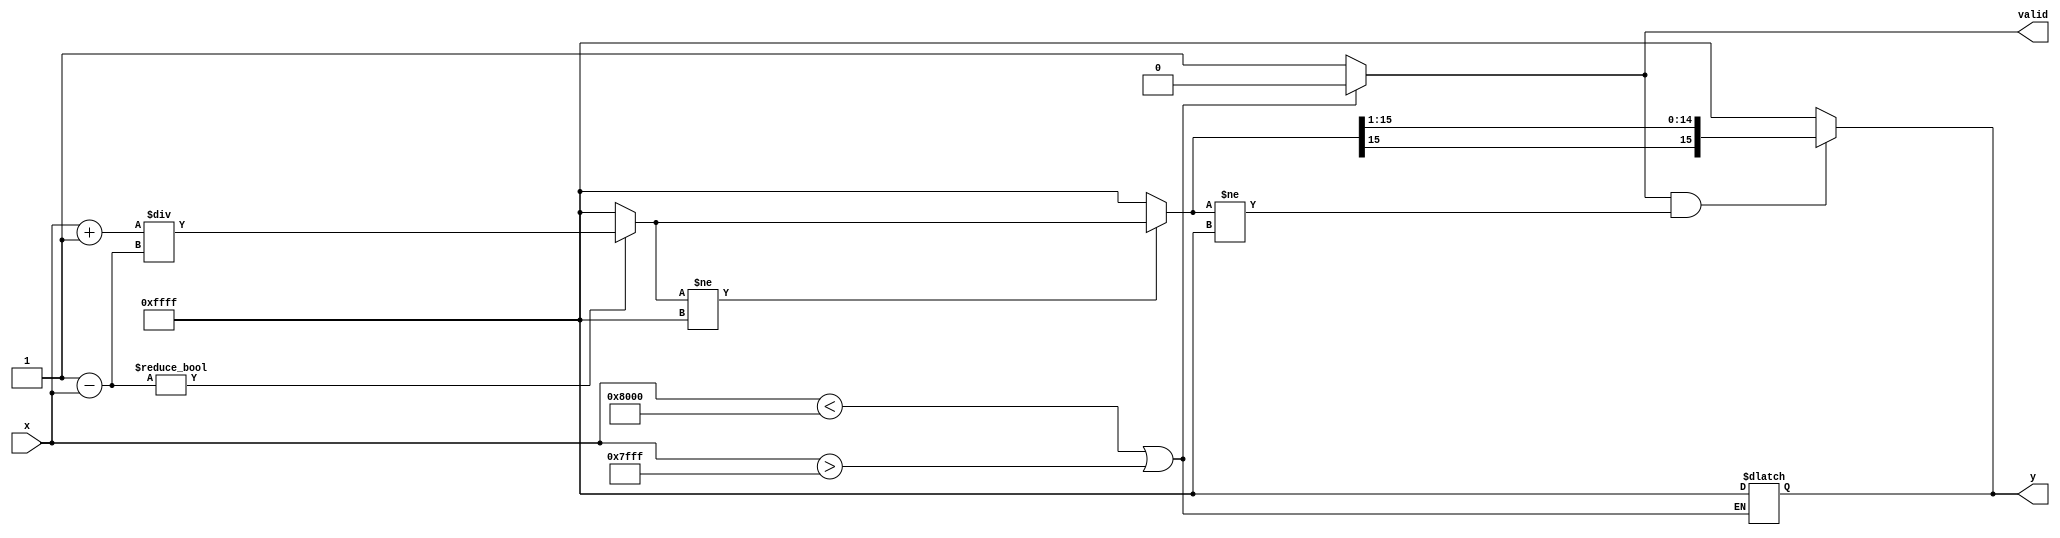
module atanh(
    input signed [15:0] x,      // Input x in fixed-point format (e.g., Q1.15)
    output reg signed [15:0] y,  // Output y in fixed-point format (e.g., Q1.15)
    output reg valid             // Output valid signal
);
  
    // Internal signals
    wire signed [15:0] one_plus_x;
    wire signed [15:0] one_minus_x;
    wire signed [15:0] division_result;
    wire signed [15:0] ln_result;
    
    // Range Check Module
    always @(*) begin
        if (x < -16'h8000 || x > 16'h7FFF) begin // Check if x is out of range (-1, 1)
            y = 16'hFFFF; // Set to NaN or error code
            valid = 0;
        end else begin
            valid = 1;
        end
    end

    // Arithmetic Module for 1+x and 1-x
    assign one_plus_x = x + 16'h0001;  // 1 + x
    assign one_minus_x = 16'h0001 - x; // 1 - x

    // Division Module (Simplified)
    // Division by zero handling is simplified here.
    assign division_result = (one_minus_x != 0) ? (one_plus_x / one_minus_x) : 16'hFFFF; // Handle division by zero

    // Natural Logarithm Module (Placeholder)
    // In practice, you would replace this with an actual logarithm computation.
    assign ln_result = (division_result != 16'hFFFF) ? ln(division_result) : 16'hFFFF; // Handle invalid input

    // Scaling Module (Multiply by 0.5)
    always @(*) begin
        if (valid && ln_result != 16'hFFFF) begin
            y = ln_result >>> 1; // Scale the output by multiplying by 0.5 (right shift by 1)
        end else begin
            y = 16'hFFFF; // Propagate error
        end
    end

    // Placeholder function for natural logarithm
    function signed [15:0] ln(input signed [15:0] value);
        // Implement a logarithm function here, using a suitable algorithm.
        // This is a placeholder for demonstration purposes.
        ln = value; // Replace with actual logarithm implementation.
    endfunction

endmodule